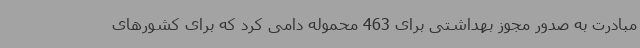
مبادرت به صدور مجوز بهداشتی برای 463 محموله دامی کرد که برای کشورهای